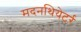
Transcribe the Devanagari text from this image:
मदनथियेटर्र